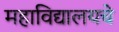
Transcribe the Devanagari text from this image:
महाविद्यालयचे